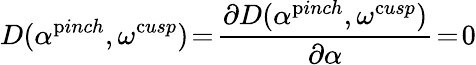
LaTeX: D(\alpha^{\mathrm{p}inch},\omega^{\mathrm{c}usp})\! =\! \frac{\partial D(\alpha^{\mathrm{p}inch},\omega^{\mathrm{c}usp})}{\partial\alpha}\! =\! 0